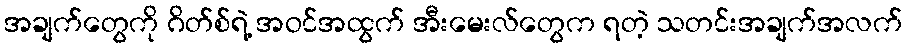
အချက်တွေကို ဂိတ်စ်ရဲ့ အဝင်အထွက် အီးမေးလ်တွေက ရတဲ့ သတင်းအချက်အလက်